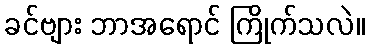
ခင်ဗျား ဘာအရောင် ကြိုက်သလဲ။